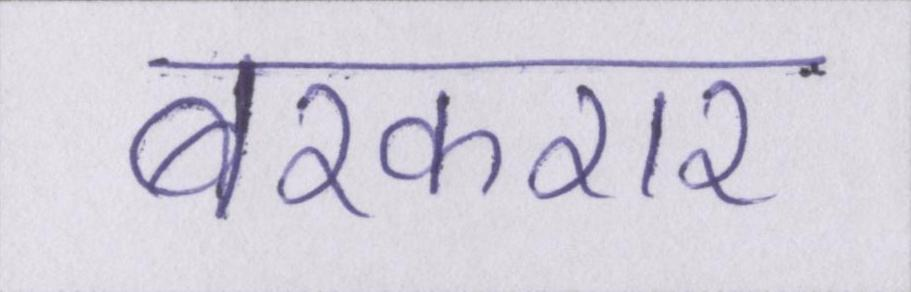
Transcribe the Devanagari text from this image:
बरकरार